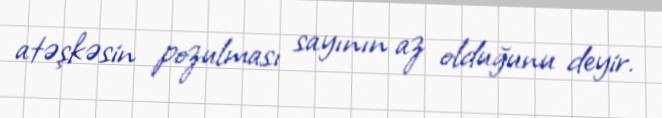
atəşkəsin pozulması sayının az olduğunu deyir.